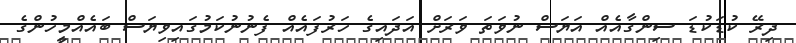
ދިރޭ ކުޑަކުޑަ ސިންގާއެއް އަޔަސް ނުވަތަ ވަރަށް އަދައިގެ ހަރުފައެއް ފެނުނުކަމުގައިވިޔަސް ބައެއްމީހުންގެ